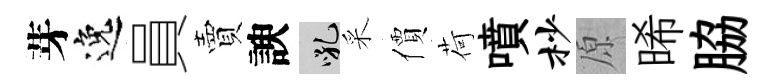
芽逸員賣諛吼采價荷噴杪原晞脇